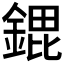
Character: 𮢠